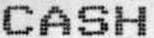
CASH